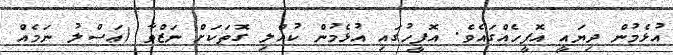
އުޅެމުން ދިޔައީ އޮފީހެއްްގައެވެ. އޮފީހުގައި އުޅެމުން ކުއްލި ގޮތަކަށް ނަޒްވާ (ޢަސްލު ނަމެއް